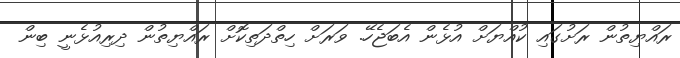
ރައްޔިތުން ރަށުގައި ކުއްޔަށް އުޅެން އެބަޖެހޭ. ވަރަށް ހިތްދަތިކޮށް ރައްޔިތުން ދިރިއުޅެނީ ބިން